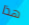
هذا